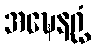
အဍ္ဎေနဂ္ဃံ